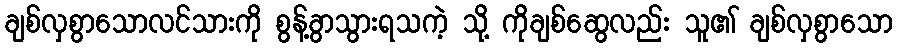
ချစ်လှစွာသောလင်သားကို စွန့်ခွာသွားရသကဲ့ သို့ ကိုချစ်ဆွေလည်း သူ၏ ချစ်လှစွာသော